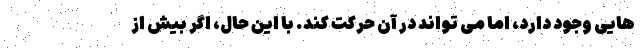
هایی وجود دارد، اما می تواند در آن حرکت کند. با این حال، اگر بیش از